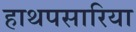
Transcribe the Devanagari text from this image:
हाथपसारिया